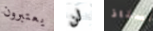
يعتبرون لن أستاذ